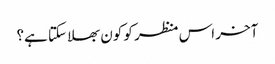
آخر اس منظر کو کون بھلا سکتا ہے؟